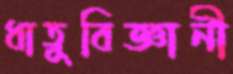
ধাতুবিজ্ঞানী